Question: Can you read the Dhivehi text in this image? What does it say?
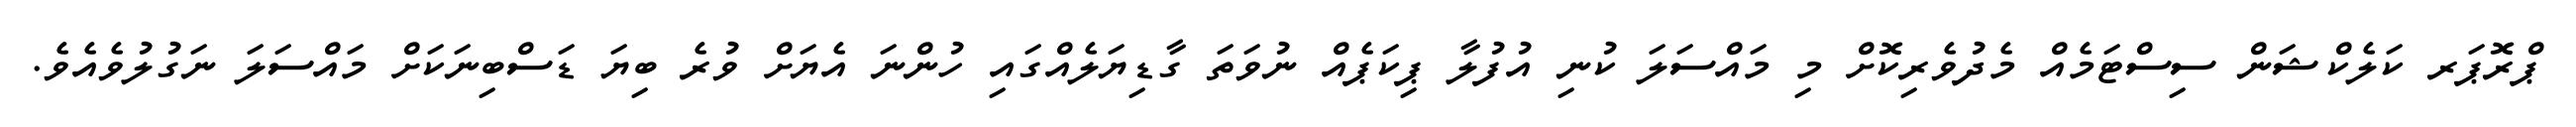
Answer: ޕްރޮޕަރ ކަލެކްޝަން ސިސްޓަމެއް މެދުވެރިކޮށް މި މައްސަލަ ކުނި އުފުލާ ޕިކަޕެއް ނުވަތަ ގާޑިޔަލެއްގައި ހުންނަ އެޔަށް ވުރެ ބިޔަ ޑަސްބިނަކަށް މައްސަލަ ނަގުލުވެއެވެ.